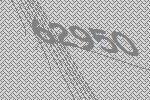
62950